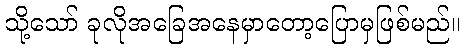
သို့သော် ခုလိုအခြေအနေမှာတော့ပြောမှဖြစ်မည်။